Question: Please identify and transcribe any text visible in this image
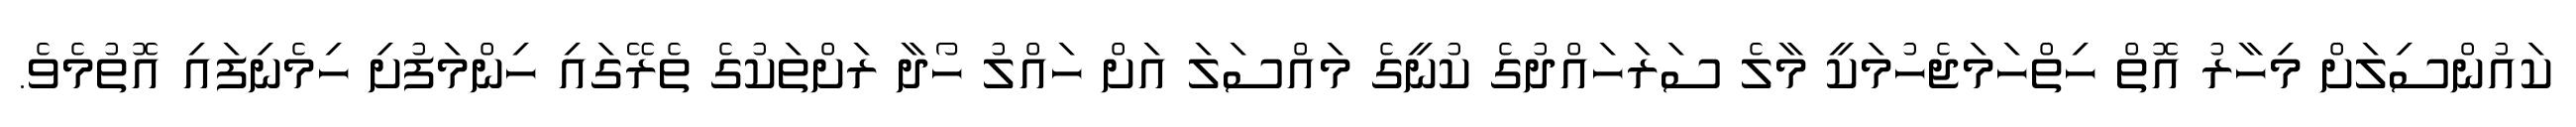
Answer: ކައުންސިލަށް މިހާރު އޮތް ހިތްހަމަޖެހުމަކީ މާލެ ސަރަހައްދުގެ ކުނީގެ މައްސަލަ އަށް ހައްލު ހޯދާ ރަށްތަކުގެ ތެރޭގައި ހިންމަފުށި ހިމެނިފައި އޮތުމެވެ.